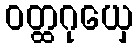
ဝတ္ထဂုယှေ